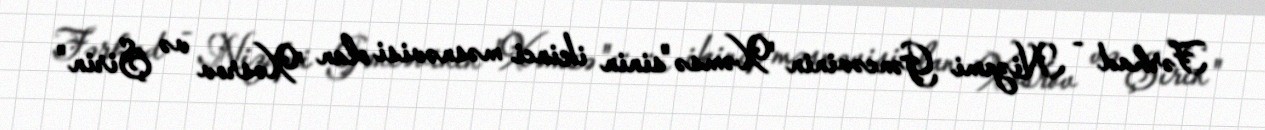
Fərhad - Nizami Gəncəvinin "Xəmsə"sinin ikinci məsnəvisi olan "Xosrov və Şirin"